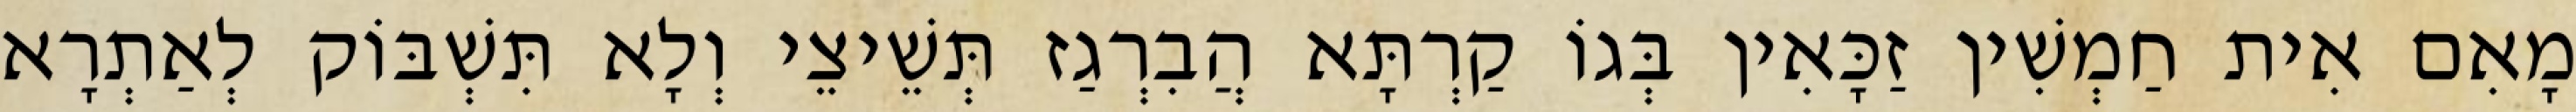
מָאִם אִית חַמְשִׁין זַכָּאִין בְּגוֹ קַרְתָּא הֲבִרְגַז תְּשֵׁיצֵי וְלָא תִּשְׁבּוֹק לְאַתְרָא